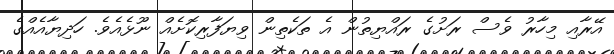
އޭރާއި މިހާރު ވެސް ރަށުގެ ރައްޔިތުން އެ ތަކެތިން ވިޔަފާރިކޮށެއް ނޫޅެއެވެ. ހަދިޔާއެއްގެ